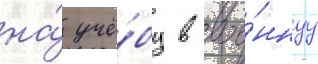
на́ учё́бу в вое́ннуу